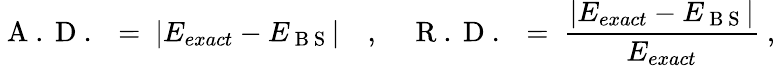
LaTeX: \mathrm{~A~.~D~.~}\ =\ |E_{exact}-E_{\mathrm{~B~S~}}|\quad,\quad\mathrm{~R~.~D~.~}\ =\ \frac{\left|E_{exact}-E_{\mathrm{~B~S~}}\right|}{E_{exact}}\ ,